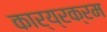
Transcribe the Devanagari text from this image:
कार्य्रक्रम